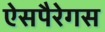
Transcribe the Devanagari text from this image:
ऐसपैरेगस